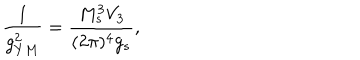
\frac { 1 } { g _ { Y M } ^ { 2 } } = \frac { M _ { s } ^ { 3 } V _ { 3 } } { ( 2 \pi ) ^ { 4 } g _ { s } } ,